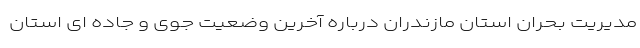
مدیریت بحران استان مازندران درباره آخرین وضعیت جوی و جاده ای استان